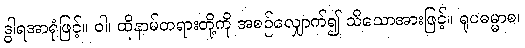
ဒွါရအာရုံဖြင့်။ ဝါ၊ ထိုနာမ်တရားတို့ကို အစဉ်လျှောက်၍ သိသောအားဖြင့်။ ရူပဓမ္မာစ၊